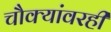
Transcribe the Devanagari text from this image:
चौक्यांवरही